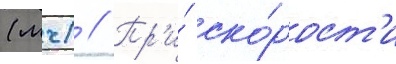
(мч) // Пр'и́ ско́рост'и